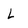
Character: L